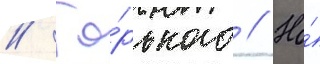
// Го́рького // Но́